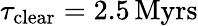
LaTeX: \tau_{\mathrm{clear}}=2.5\, \mathrm{Myrs}